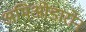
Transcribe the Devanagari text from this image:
अमिओडारोन